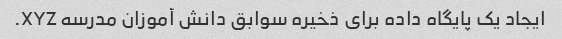
ایجاد یک پایگاه داده برای ذخیره سوابق دانش آموزان مدرسه XYZ.